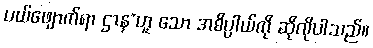
ပယ်ဖျောက်ရာ ဌာန”ဟူ သော အဓိပ္ပာယ်ကို ဆိုလိုပါသည်။